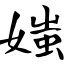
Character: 媸